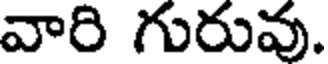
వారి గురువు.